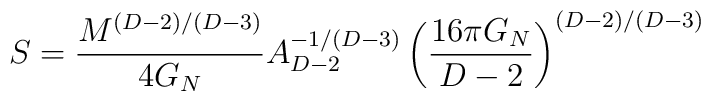
S={M^{(D-2)/(D-3)} \over {4G_N}} A_{D-2}^{-1/(D-3)} \left(16\pi G_N \over {D-2}\right)^{(D-2)/(D-3)}